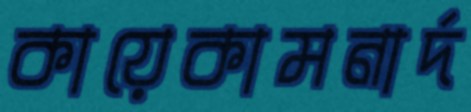
কায়েকামনার্দ